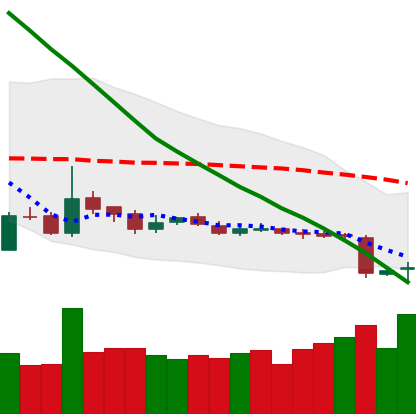
Ticker: LTC-USD
Chart end date: 2018-10-31
Forward return: 8.302%
Label: up_7plus